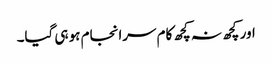
اور کچھ نہ کچھ کام سرانجام ہو ہی گیا۔